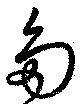
多